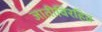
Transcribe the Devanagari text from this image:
जातीविरहित